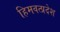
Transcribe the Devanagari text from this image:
हिमवत्प्रदेश